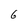
Character: 6